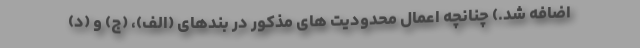
اضافه شد.) چنانچه اعمال محدودیت های مذکور در بندهای (الف)، (ج) و (د)